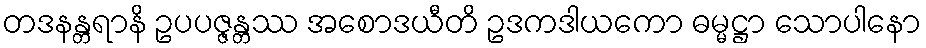
တဒနန္တရာနိ ဥပပဇ္ဇန္တဿ အစောဒယီတိ ဥဒကဒါယကော ဓမ္မဋ္ဌာ သောပါနော